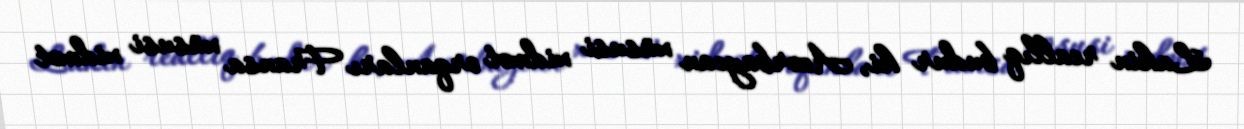
Lakin reallıq budur ki, Azərbaycan xüsusi xidmət orqanları Fransa xüsusi xidmət